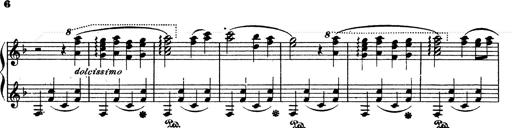
Title: Ave Maria d' Arcadelt
Composer: Franz Liszt